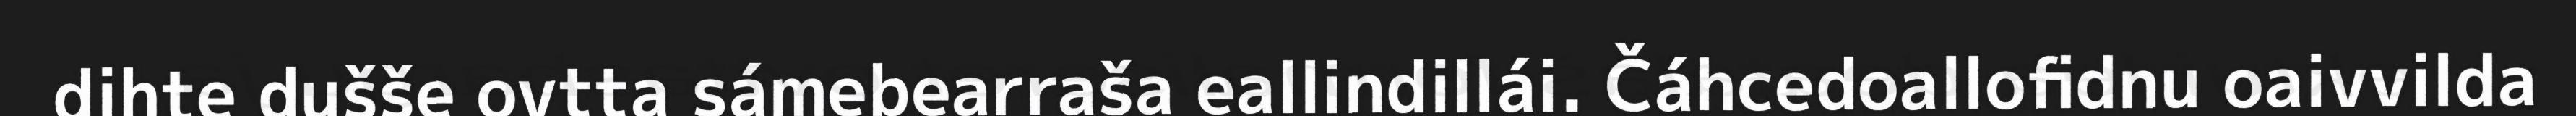
dihte dušše ovtta sámebearraša eallindillái. Čáhcedoallofidnu oaivvilda